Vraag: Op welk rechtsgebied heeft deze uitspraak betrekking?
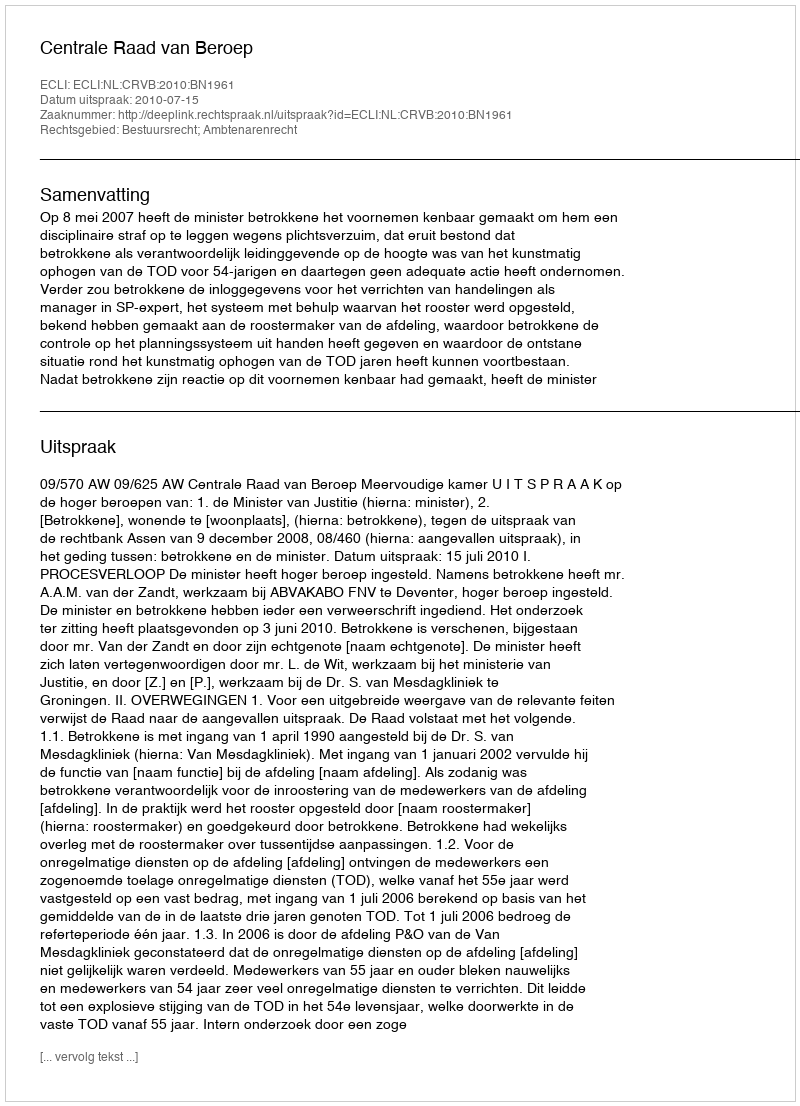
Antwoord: Bestuursrecht; Ambtenarenrecht